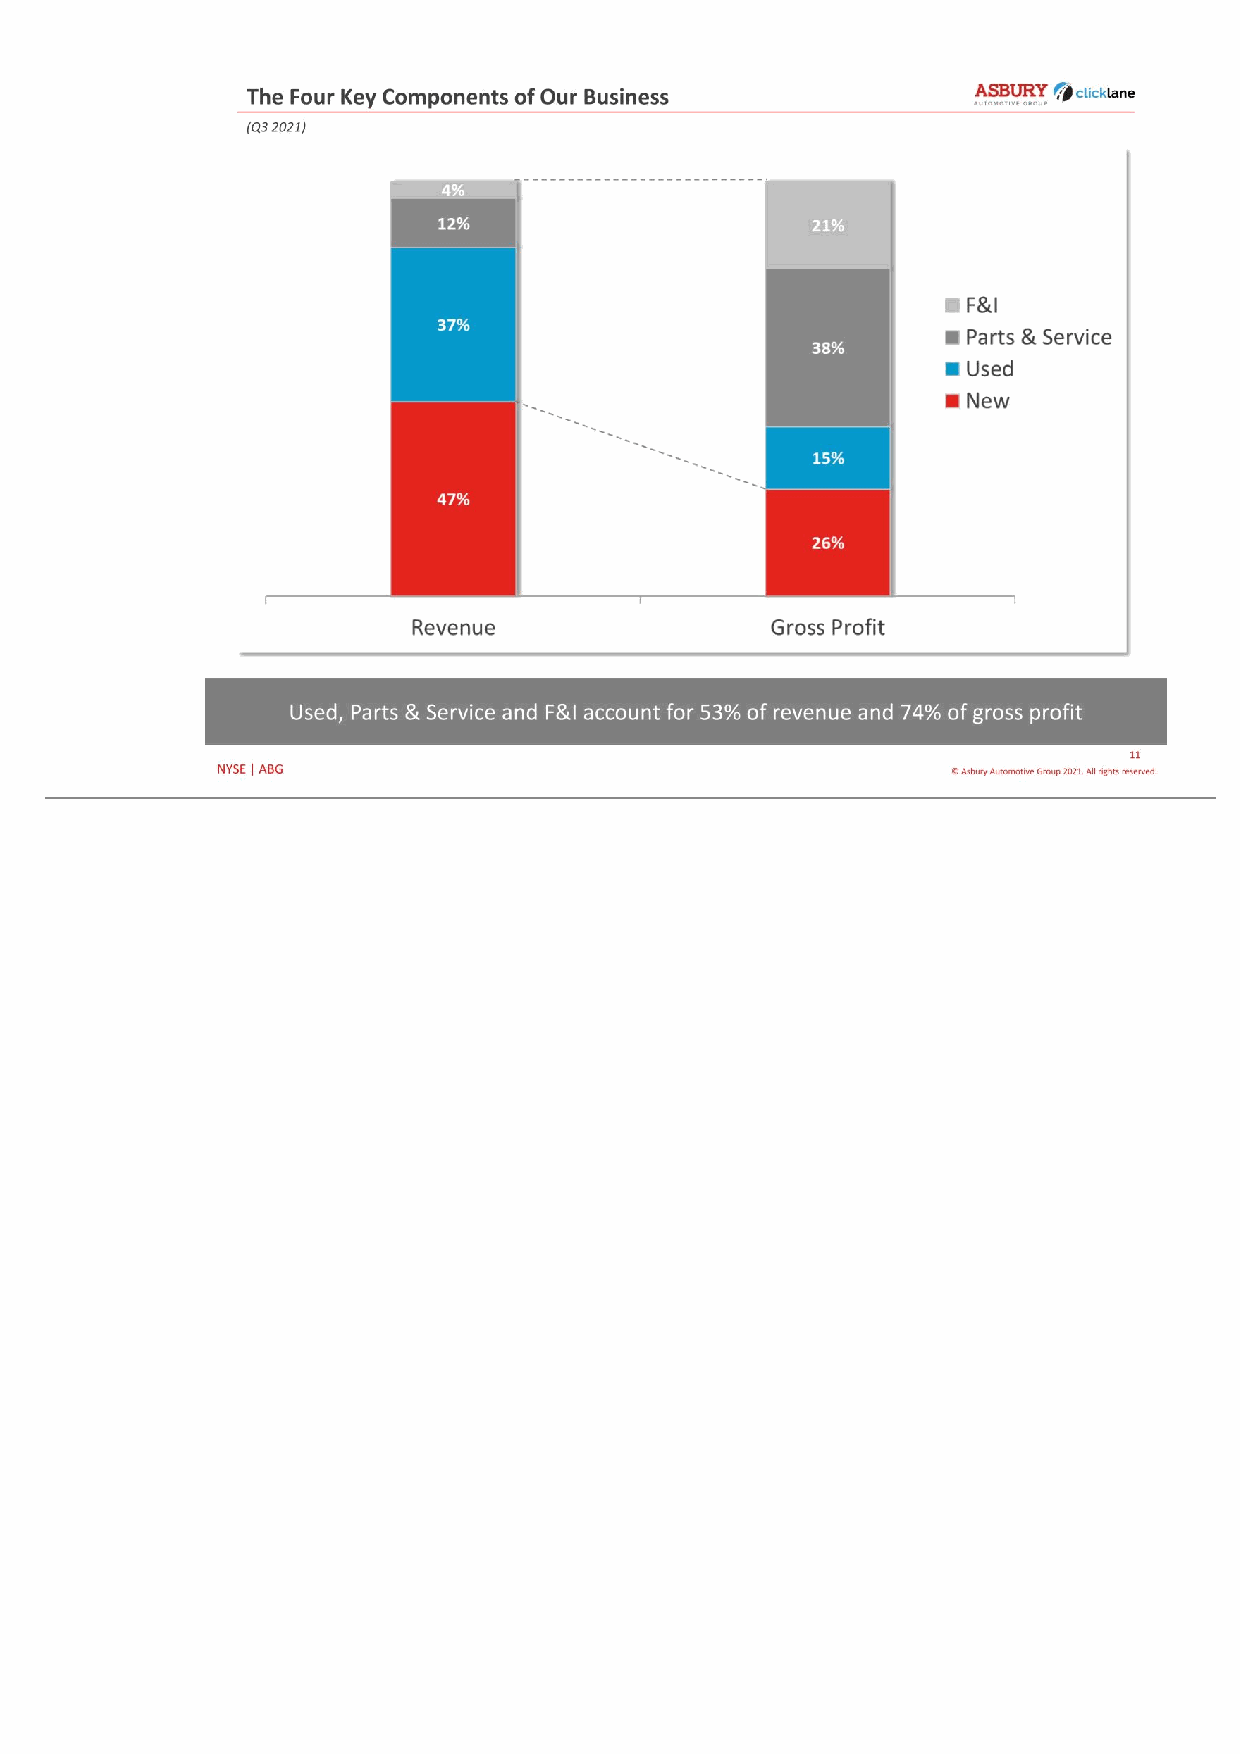
11 © Asbury Automotive Group 2021. All rights reserved.NYSE | ABG (Q3 2021) The Four Key Components of Our Business Used, Parts & Service and F&I account for 53% of revenue and 74% of gross profit